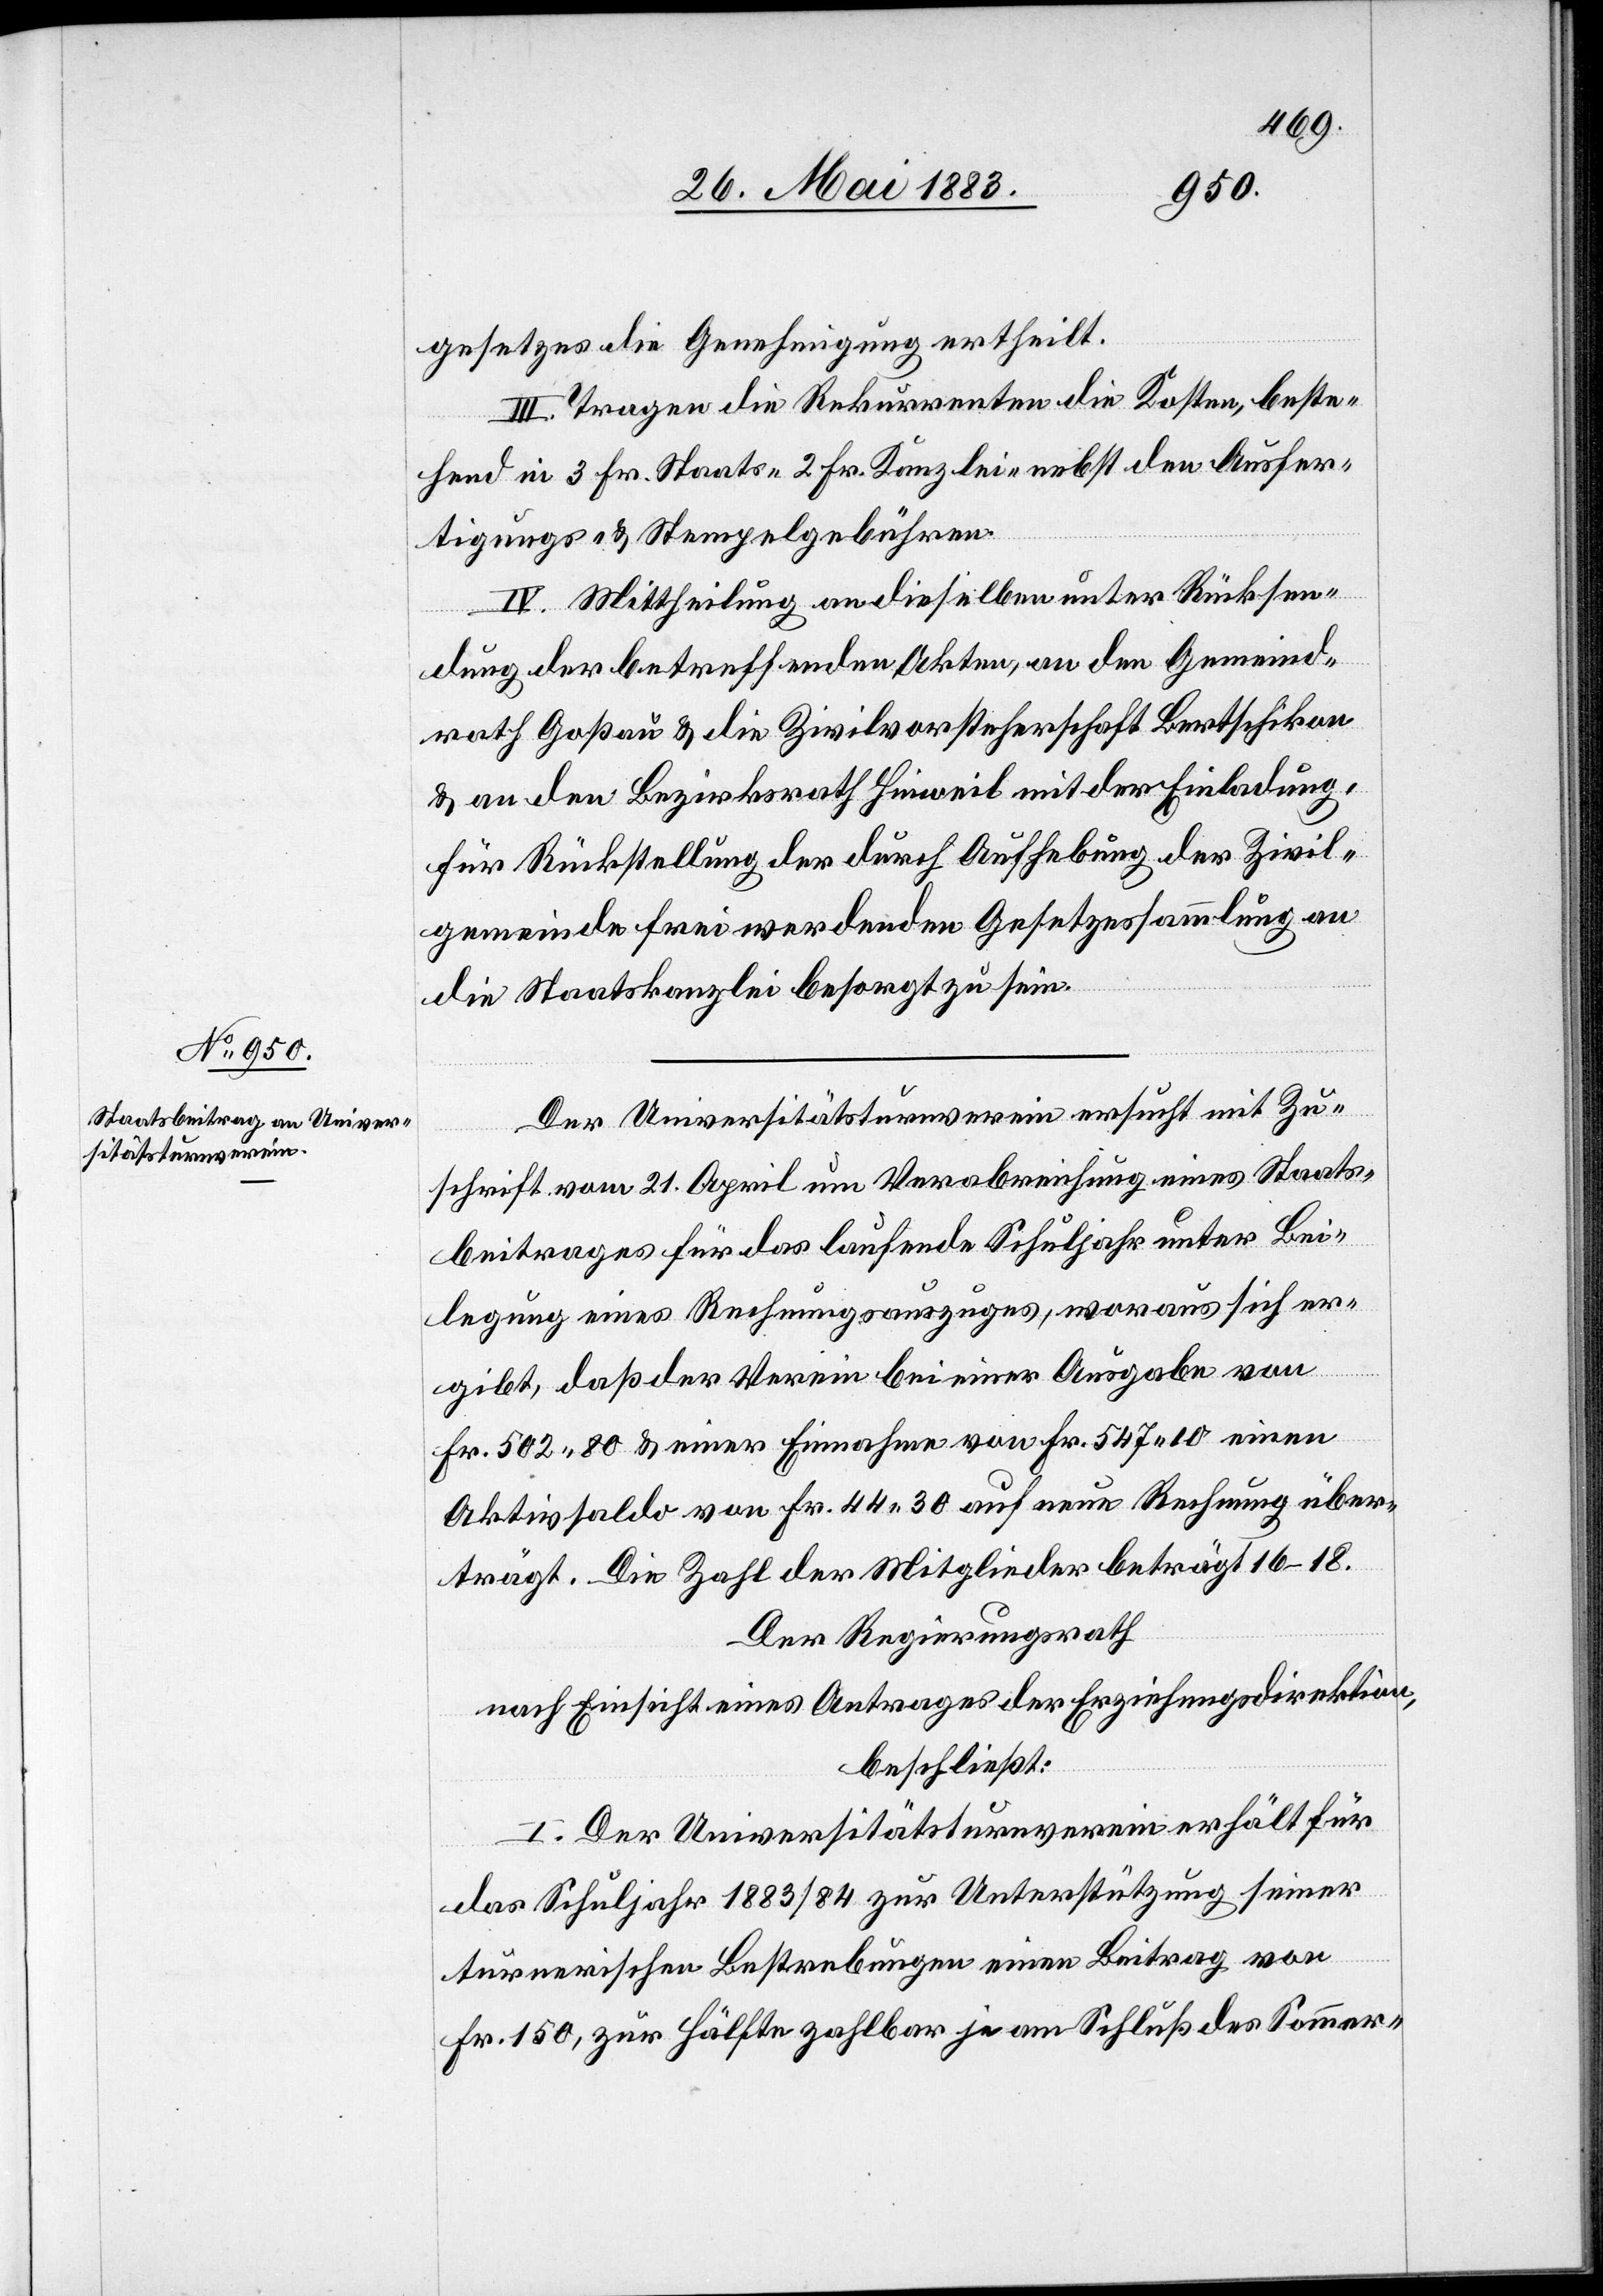
gesetzes die Genehmigung ertheilt.
III. Tragen die Rekurrenten die Kosten, beste¬
hend in 3 Fr. Staats-[,] 2 Fr. Kanzlei- nebst den Ausfer¬
tigungs- und Stempelgebühren.
IV. Mittheilung an dieselben unter Rücksen¬
dung der betreffenden Akten, an den Gemeind¬
rath Goßau & an die Zivilvorsteherschaft Bertschikon
& an den Bezirksrath Hinweil mit der Einladung,
für Rückstellung der durch Aufhebung der Zivil¬
gemeinde frei werdenden Gesetzessammlung an
die Staatskanzlei besorgt zu sein.
Der Universitätsturnverein ersucht mit Zu¬
schrift vom 21. April um Verabreichung eines Staats¬
beitrages für das laufende Schuljahr unter Bei¬
legung eines Rechnungsauszuges, woraus sich er¬
gibt, daß der Verein bei einer Ausgabe von
Fr. 502 80 & einer Einnahme von Fr. 547 10 einen
Aktivsaldo von Fr. 44 30 auf neue Rechnung über¬
trägt. Die Zahl der Mitglieder beträgt 16–18.
Der Regierungsrath
nach Einsicht eines Antrages der Erziehungsdirektion,
beschließt:
I. Der Universitätsturnverein erhält für
das Schuljahr 1883/84 zur Unterstützung seiner
turnerischen Bestrebungen einen Beitrag von
Fr. 150, zur Hälfte zahlbar je am Schluß des Sommer-